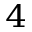
_ 4